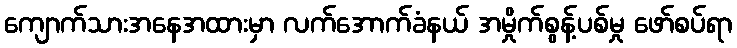
ကျောက်သားအနေအထားမှာ လက်အောက်ခံနယ် အမှိုက်စွန့်ပစ်မှု ဖော်စပ်ရာ